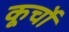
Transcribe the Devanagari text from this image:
कूर्चो